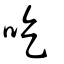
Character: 吃